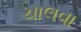
ચાલવા